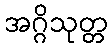
အဂ္ဂိသုတ္တ